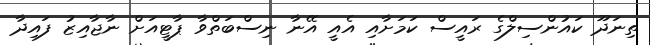
ތިނަދޫ ކައުންސިލްގެ ރައީސް ކަމަށާއި އެއީ އޭނާ ނިސްބަތްވާ ޕާޓީއަށް ނާޖާއިޒު ފައިދާ